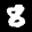
Label: 8